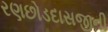
રણછોડદાસજીની